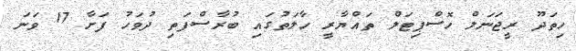
ހިތަދޫ ރީޖަނަލް ހޮސްޕިޓަލް ތައްޔާރީ ހާލަތުގައި ބުރާސްފަތި ދުވަހު ފަށާ 17 ވަނަ